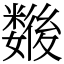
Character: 𢖖